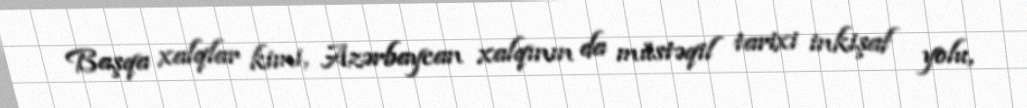
Başqa xalqlar kimi, Azərbaycan xalqının da müstəqil tarixi inkişaf yolu,